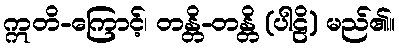
ဣတိ-ကြောင့်၊ တန္တိ-တန္တိ (ပါဠိ) မည်၏။